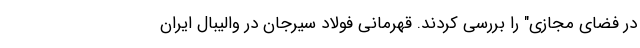
در فضای مجازی" را بررسی کردند. قهرمانی فولاد سیرجان در والیبال ایران